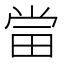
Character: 𱰲